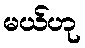
မယ်ဟု